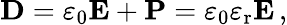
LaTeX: \mathbf{D}=\varepsilon_{0}\mathbf{E}+\mathbf{P}=\varepsilon_{0}\varepsilon_{\mathrm{r}}\mathbf{E}\, ,